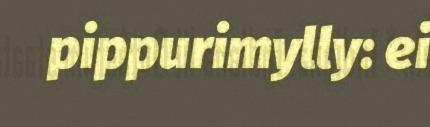
pippurimylly: ei